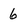
Character: 6